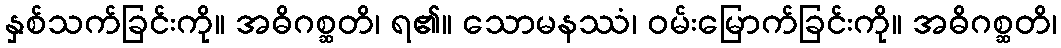
နှစ်သက်ခြင်းကို။ အဓိဂစ္ဆတိ၊ ရ၏။ သောမနဿံ၊ ဝမ်းမြောက်ခြင်းကို။ အဓိဂစ္ဆတိ၊